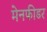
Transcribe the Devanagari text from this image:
मेनफीडर